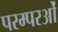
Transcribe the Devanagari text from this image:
परम्परओं